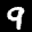
Label: 9